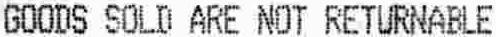
GOODS SOLD ARE NOT RETURNABLE